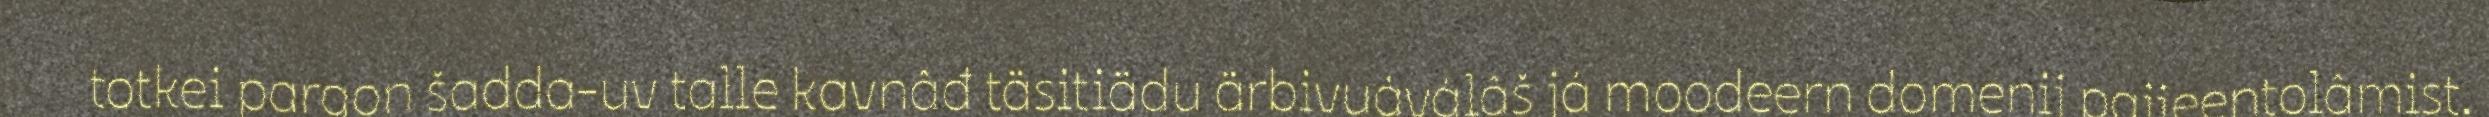
totkei pargon šadda-uv talle kavnâđ täsitiädu ärbivuáválâš já moodeern domenij paijeentolâmist.